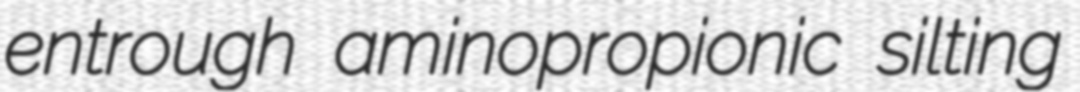
entrough aminopropionic silting